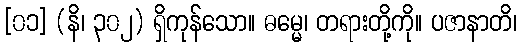
[၀၁] (နိ၊ ၃၀၂) ရှိကုန်သော။ ဓမ္မေ၊ တရားတို့ကို။ ပဇာနာတိ၊